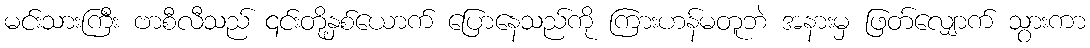
မင်းသားကြီး ဗာစီလီသည် ၎င်းတို့နှစ်ယောက် ပြောနေသည်ကို ကြားဟန်မတူဘဲ အနားမှ ဖြတ်လျှောက် သွားကာ